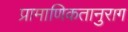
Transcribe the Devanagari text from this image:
प्रामाणिकतानुराग